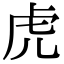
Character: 虎